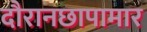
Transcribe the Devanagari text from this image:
दौरानछापामार